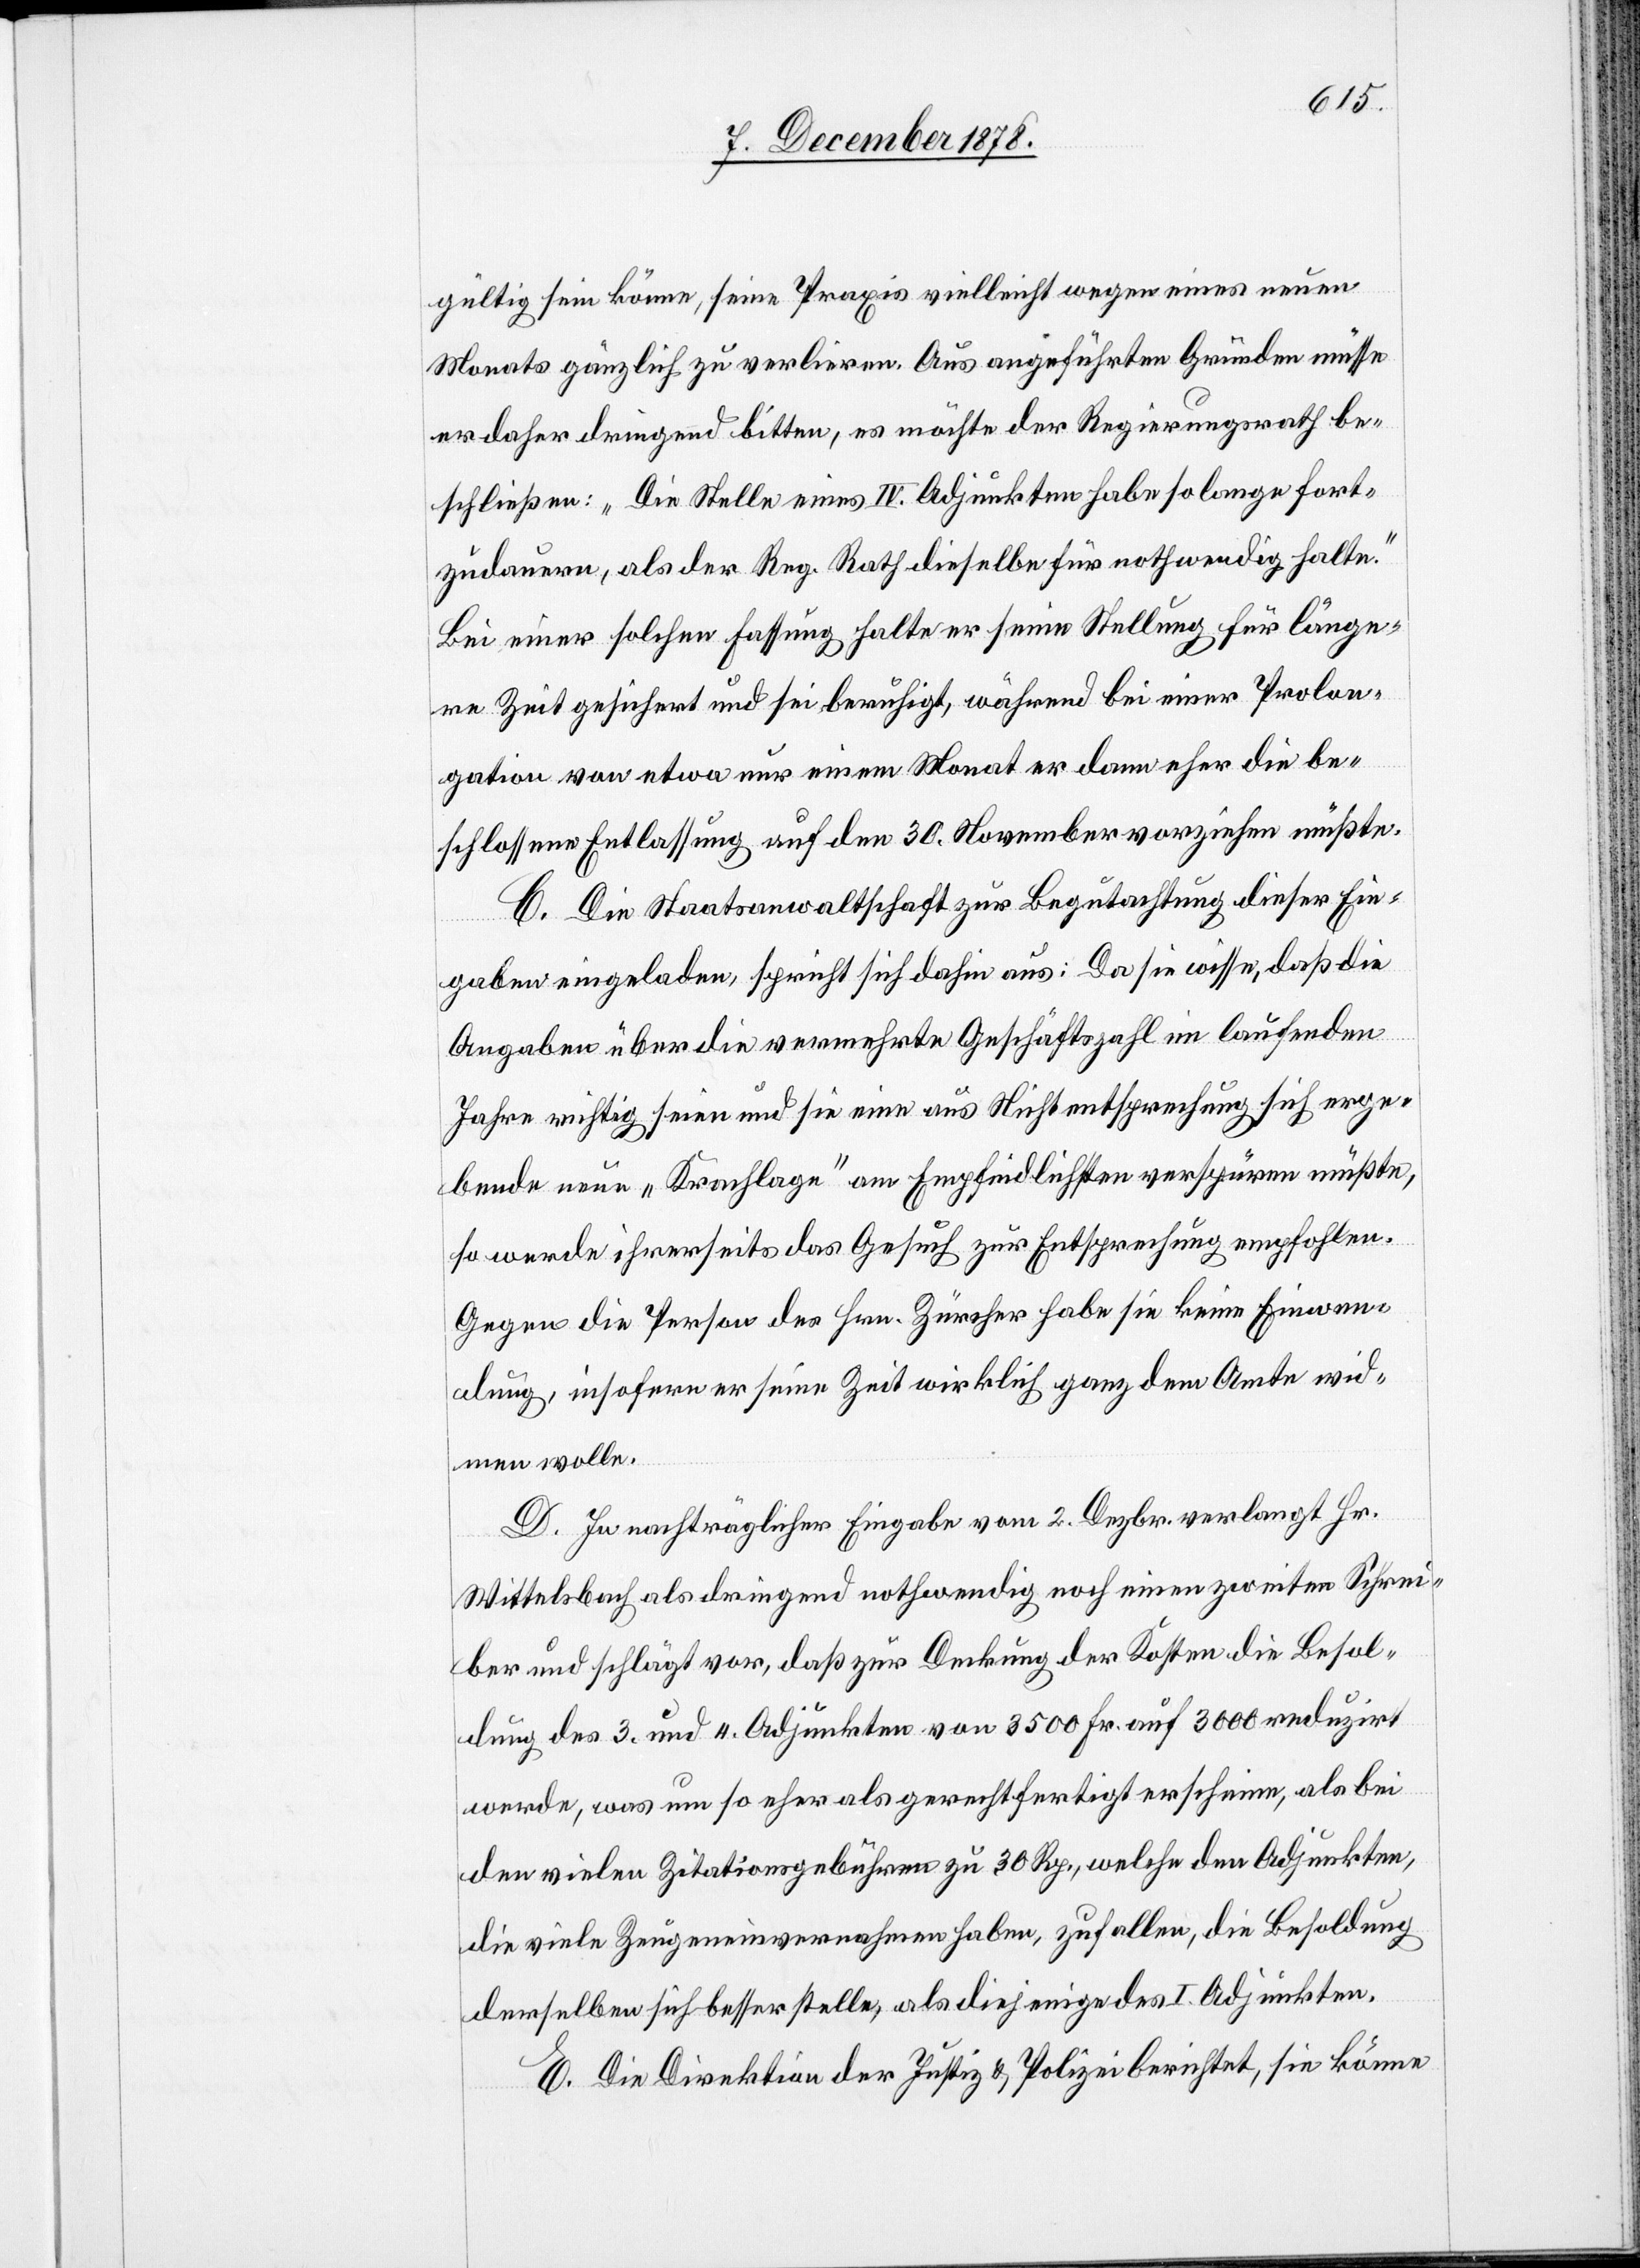
gültig sein könne, seine Praxis vielleicht wegen eines neuen
Monats gänzlich zu verlieren. Aus angeführten Gründen müsse
er daher dringend bitten, es möchte der Regierungsrath be¬
schließen: „Die Stelle eines IV. Adjunkten habe so lange fort¬
zudauern, als der Reg. Rath dieselbe für nothwendig halte.“
Bei einer solchen Fassung halte er seine Stellung für länge¬
re Zeit gesichert und sei beruhigt, während bei einer Prolon¬
gation von etwa nur einem Monat er dann eher die be¬
schlossene Entlassung auf den 30. November vorziehen müßte.
C. Die Staatsanwaltschaft zur Begutachtung dieser Ein¬
gabe eingeladen, spricht sich dahin aus: Da sie wisse, daß die
Angaben über die vermehrte Geschäftszahl im laufenden
Jahre richtig seien und sie eine aus Nichtentsprechung sich erge¬
bende neue „Krachlage“ am Empfindlichsten verspüren müßte,
so werde ihrerseits das Gesuch zur Entsprechung empfohlen.
Gegen die Person des Hrn. Zürcher habe sie keine Einwen¬
dung, insofern er seiner Zeit wirklich ganz dem Amte wid¬
men wolle.
D. In nachträglicher Eingabe vom 2. Dezbr. verlangt Hr.
Wittelsbach als dringend nothwendig, noch einen zweiten Schrei¬
ber und schlägt vor, daß zur Deckung der Kosten die Besol¬
dung des 3. und 4. Adjunkten von 3500 Fr. auf 3000 reduzirt
werde, was um so eher als gerechtfertigt erscheine, als bei
den vielen Zitationsgebühren zu 30 Rp., welche den Adjunkten,
die viele Zeugeneinvernahmen haben, zufallen, die Besoldung
derselben sich besserstelle, als diejenige des I. Adjunkten.
E. Die Direktion der Justiz & Polizei berichtet, sie könne